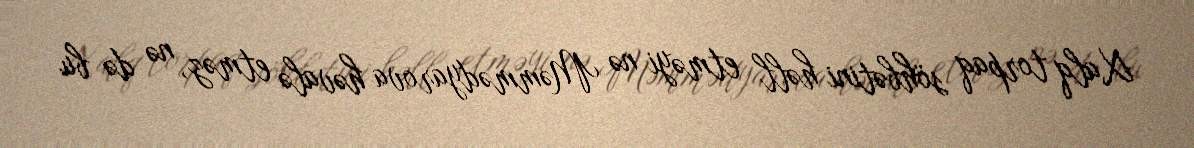
Xalq torpaq söhbətini həll etməyi nə Məmmədyarova həvalə etməz, nə də bu